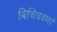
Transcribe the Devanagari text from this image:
बिचित्रवर्णा